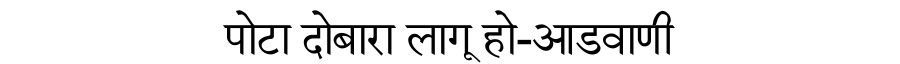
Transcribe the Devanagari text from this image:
पोटा दोबारा लागू हो-आडवाणी